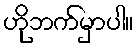
ဟိုဘက်မှာပါ။